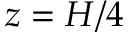
z = H / 4